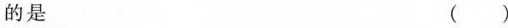
的是 （ ）